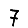
Digit: 7